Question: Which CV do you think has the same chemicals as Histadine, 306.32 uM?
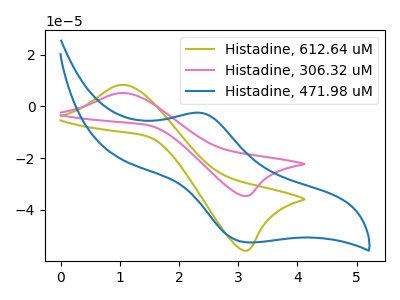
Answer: <think>The olive curve "Histadine, 612.64 uM" has an anodic peak at (1.05V, 8.30uA) and a cathodic peak at (3.10V, -55.75uA). The pink curve "Histadine, 306.32 uM" has an anodic peak at (1.05V, 5.15uA) and a cathodic peak at (3.10V, -34.65uA). The blue curve "Histadine, 471.98 uM" has an anodic peak at (2.40V, -2.55uA) and a cathodic peak at (3.15V, -52.60uA).
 All the peaks in "Histadine, 612.64 uM" have a peak in "Histadine, 306.32 uM" at the same potential. Every peak in "Histadine, 612.64 uM" is higher than every peak in "Histadine, 306.32 uM". "Histadine, 612.64 uM" and "Histadine, 471.98 uM" have at least one peak that do not match. "Histadine, 306.32 uM" and "Histadine, 471.98 uM" have at least one peak that do not match.</think>
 <answer>The CV with the most similar shape to "Histadine, 612.64 uM" is "Histadine, 306.32 uM".</answer>
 <eval>"Histadine, 306.32 uM"</eval>